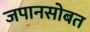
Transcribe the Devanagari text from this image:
जपानसोबत